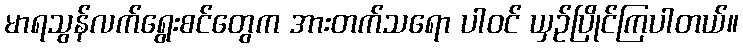
မာရသွန်လက်ရွေးစင်တွေက အားတက်သရော ပါဝင် ယှဉ်ပြိုင်ကြပါတယ်။